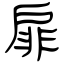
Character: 扉